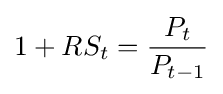
1+RS_{t}={\frac {P_{t}}{P_{t-1}}}